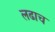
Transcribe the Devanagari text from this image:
लढाच